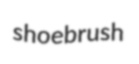
shoebrush